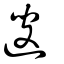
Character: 遚